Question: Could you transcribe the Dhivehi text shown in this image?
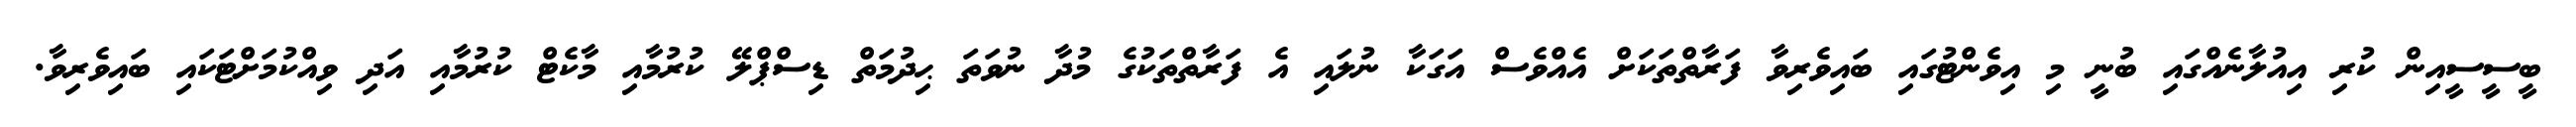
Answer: ބީސީސީއިން ކުރި އިއުލާނެއްގައި ބުނީ މި އިވެންޓުގައި ބައިވެރިވާ ފަރާތްތަކަށް އެއްވެސް އަގަކާ ނުލައި އެ ފަރާތްތަކުގެ މުދާ ނުވަތަ ޙިދުމަތް ޑިސްޕްލޭ ކުރުމާއި މާކެޓް ކުރުމާއި އަދި ވިއްކުމަށްޓަކައި ބައިވެރިވާ.